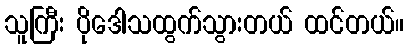
သူကြီး ပိုဒေါသထွက်သွားတယ် ထင်တယ်။